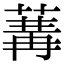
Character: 𦵷